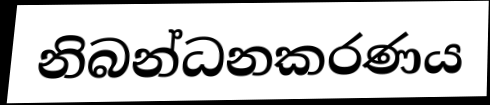
නිබන්ධනකරණය